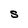
Character: S